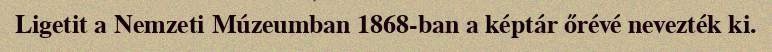
Ligetit a Nemzeti Múzeumban 1868-ban a képtár őrévé nevezték ki.